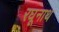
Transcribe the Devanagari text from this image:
रघूनाथ